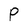
Character: P